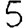
Digit: 5